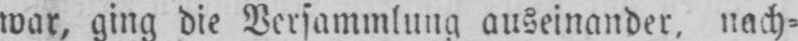
war, ging die Versammlung auseinander, nach⸗